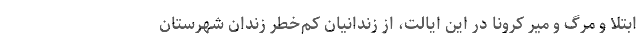
ابتلا و مرگ و میر کرونا در این ایالت، از زندانیان کم‌خطر زندان شهرستان